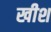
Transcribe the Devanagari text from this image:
खीश